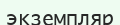
экземпляр